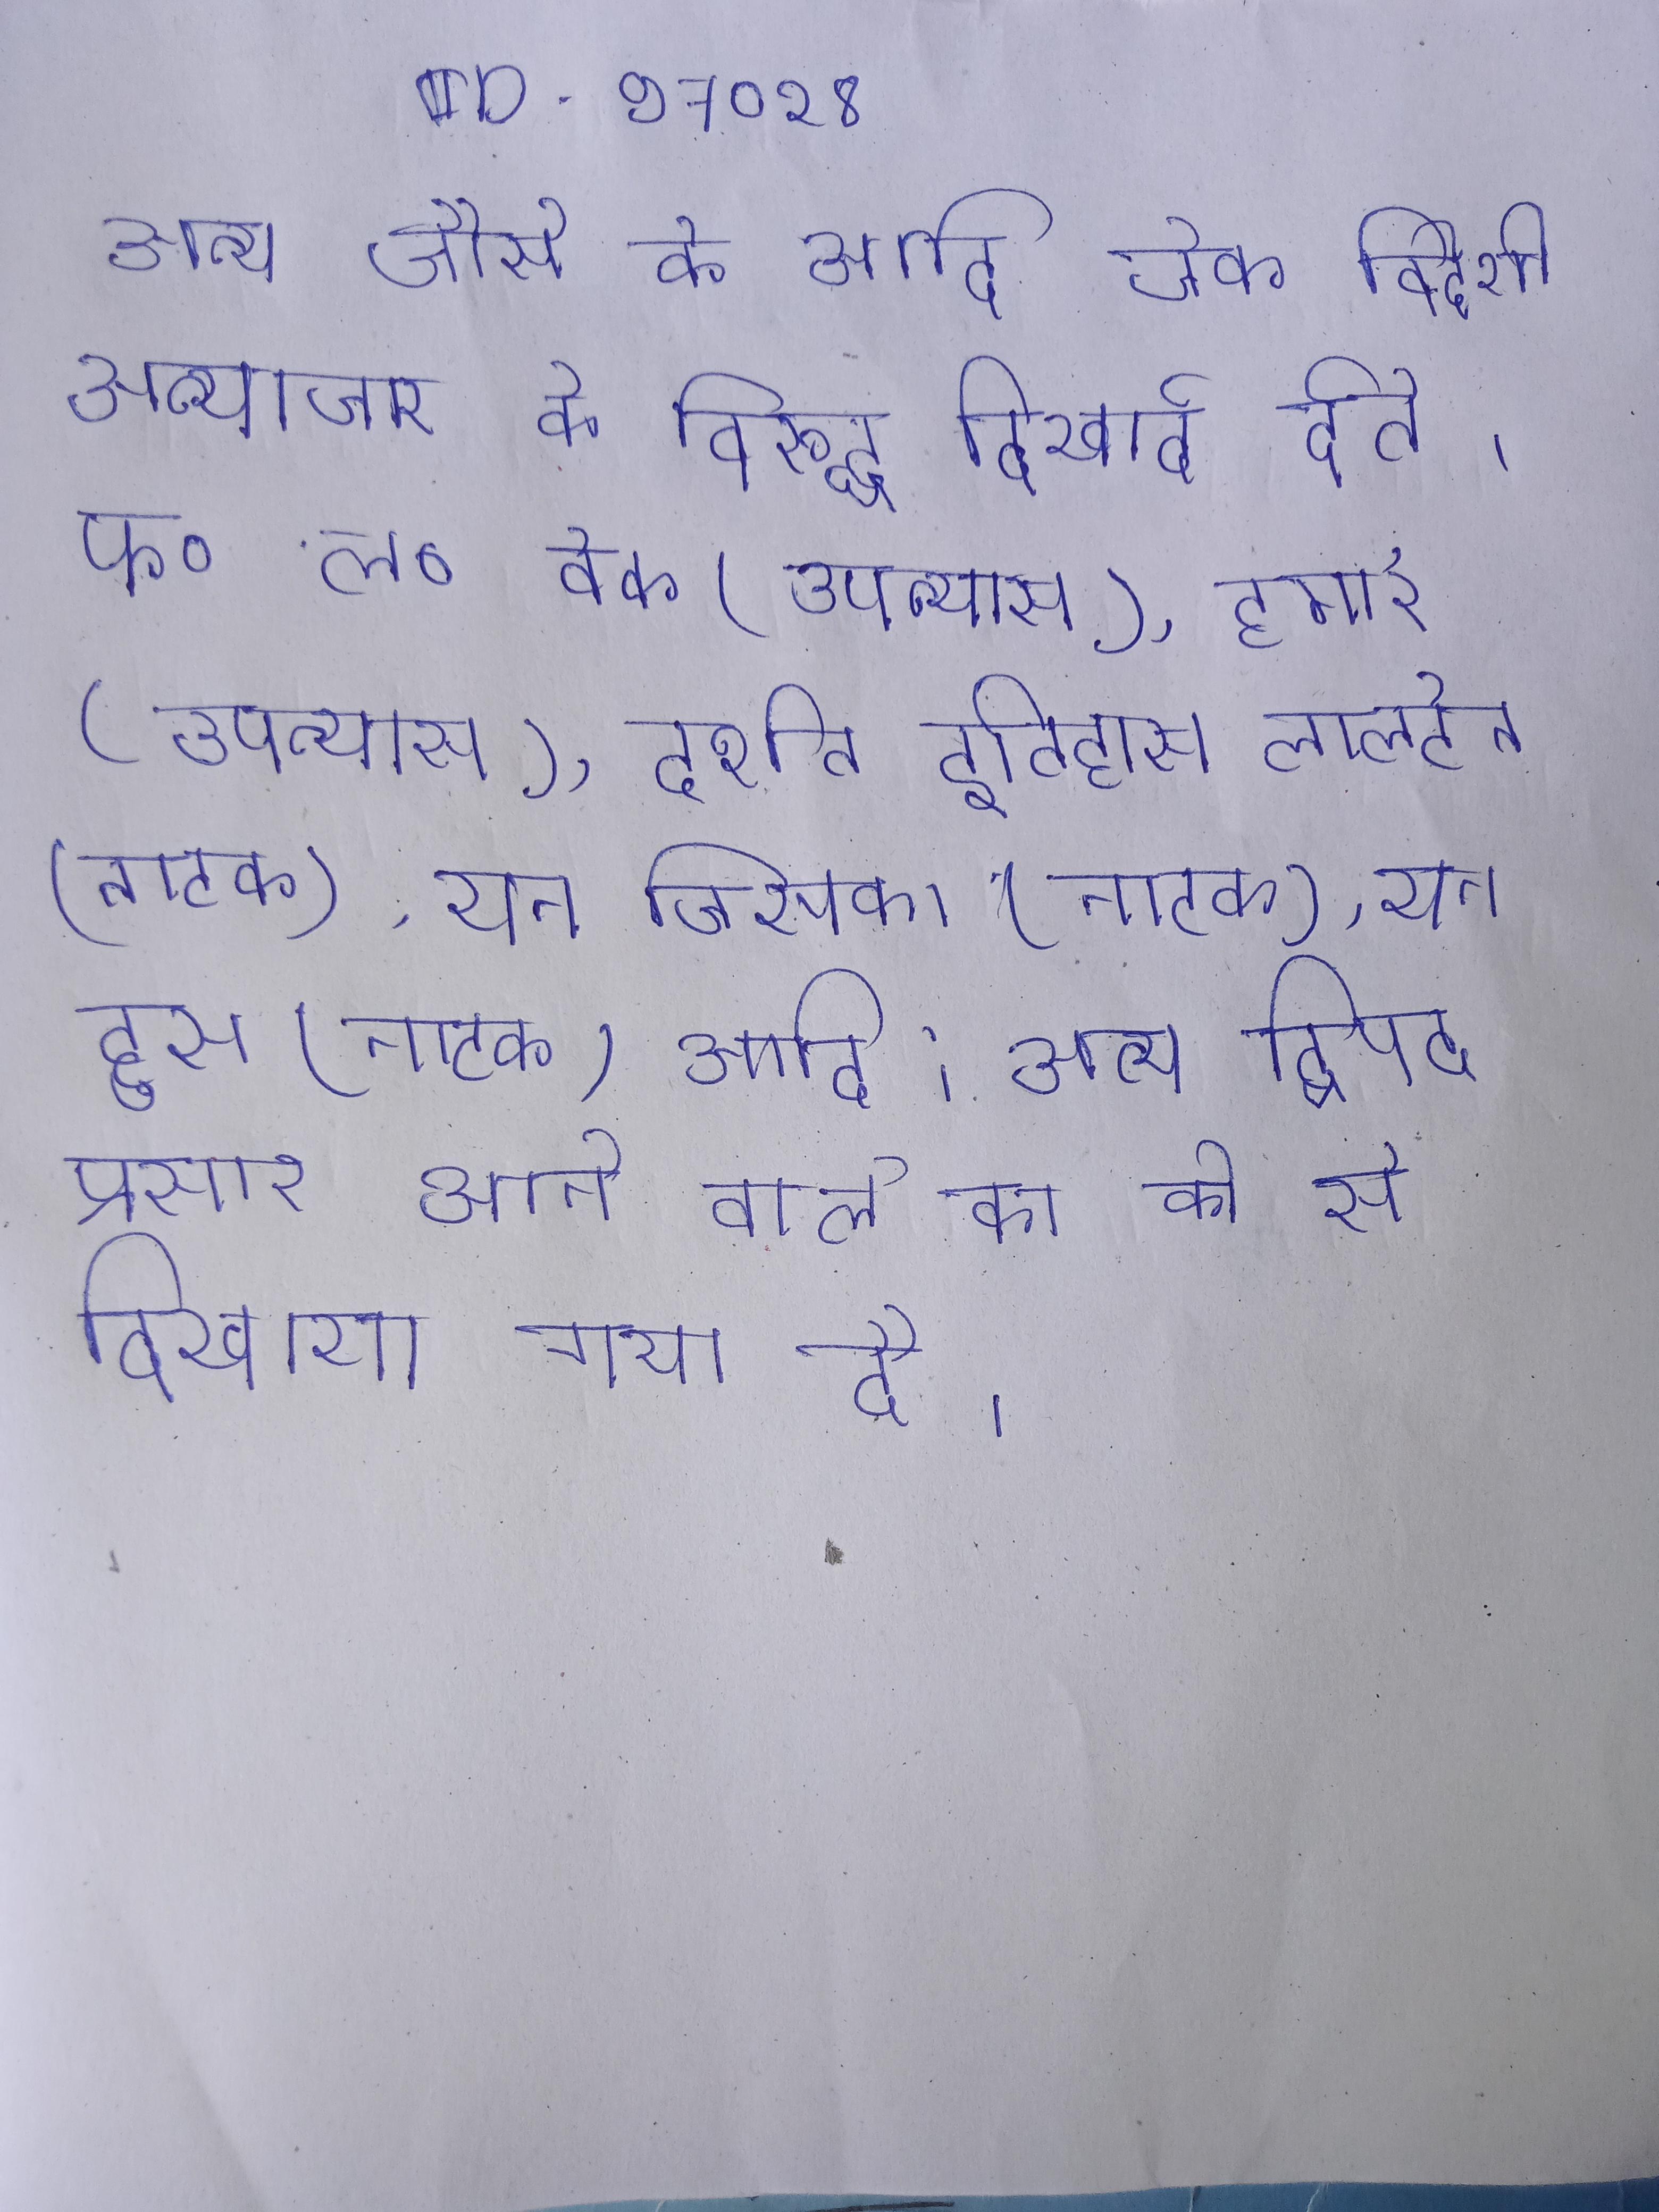
अन्य जैसे के आदि चेक विदेशी अत्याचार के विरूद्ध दिखाई देते । फ० ल० वेक (उपन्यास), हमारे (उपन्यास), दर्शन इतिहास लालटेन (नाटक), यन जिसका (नाटक),यन हुस (नाटक) आदि । अन्य द्विपद प्रसार आने वाले का की से दिखाया गया है ।